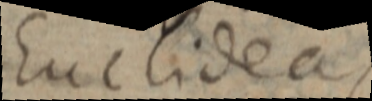
Euclideas